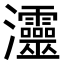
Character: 𤅷